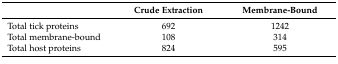
|  | Crude Extraction | Membrane-Bound |
 | --- | --- | --- |
 | Total tick proteins | 692 | 1242 |
 | Total membrane-bound | 108 | 314 |
 | Total host proteins | 824 | 595 |